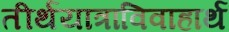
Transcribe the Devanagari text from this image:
तीर्थयात्राविवाहार्थ